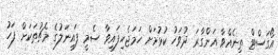
އޯގަސްޓް ތިނެއްވާ އަންގާރަ ދުވަހު ކުޅުމަށް ހަމަޖެހިފައިވާ ސެމީ ފައިނަލުގެ މެޗުތަކަށް ފަހު